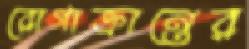
রোগাক্রান্তের